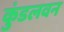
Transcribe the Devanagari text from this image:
कुंडलवन